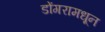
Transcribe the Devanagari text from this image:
डोंगरामधून